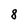
Character: 8